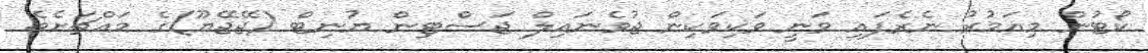
ކޯޓުން މިއަމުރު ނެރެފައި ވަނީ ވަކިވަކިން ޖުވެނައިލް ޖަސްޓިން ޔުނިޓް (ޖޭޖޭޔޫ)ގެ މައްޗަށެވެ.